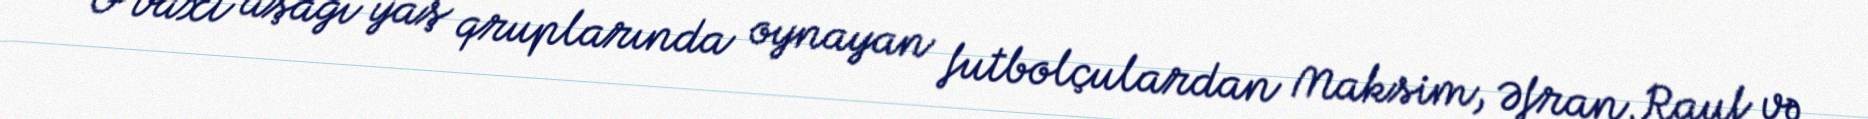
O vaxt aşağı yaş qruplarında oynayan futbolçulardan Maksim, Əfran, Rauf və